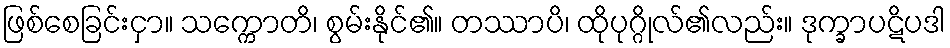
ဖြစ်စေခြင်းငှာ။ သက္ကောတိ၊ စွမ်းနိုင်၏။ တဿာပိ၊ ထိုပုဂ္ဂိုလ်၏လည်း။ ဒုက္ခာပဋိပဒါ